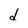
Character: d